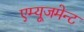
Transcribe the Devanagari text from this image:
एम्‍यूजमेन्‍ट